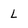
Character: L